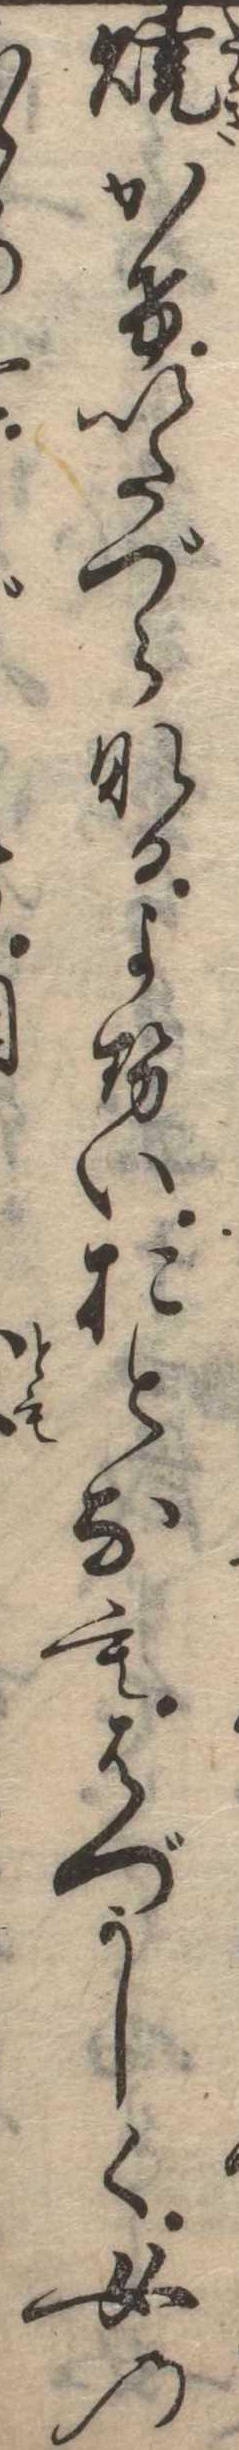
焼かけいたづらなるよせいおとなもはづかしく女のゝ